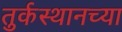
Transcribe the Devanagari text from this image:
तुर्कस्थानच्या